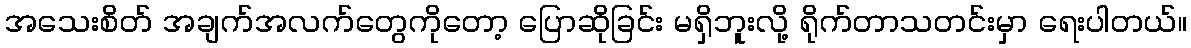
အသေးစိတ် အချက်အလက်တွေကိုတော့ ပြောဆိုခြင်း မရှိဘူးလို့ ရိုက်တာသတင်းမှာ ရေးပါတယ်။